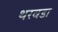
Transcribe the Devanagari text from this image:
थरवडा